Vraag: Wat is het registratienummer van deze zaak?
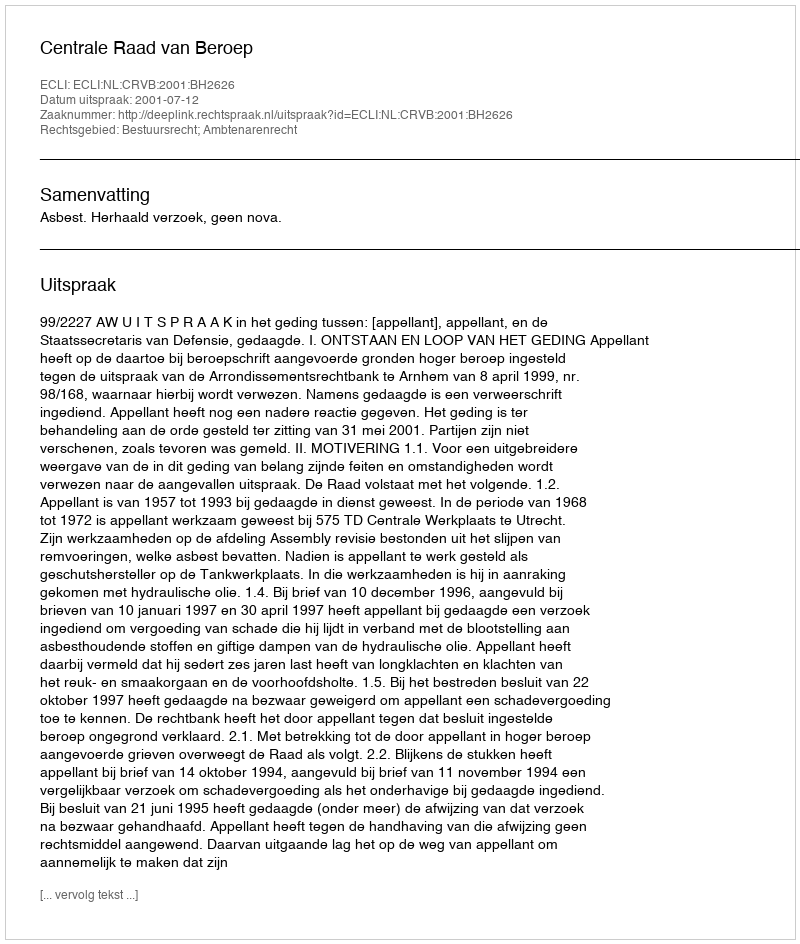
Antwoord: http://deeplink.rechtspraak.nl/uitspraak?id=ECLI:NL:CRVB:2001:BH2626